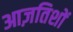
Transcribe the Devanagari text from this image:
आज़तिशों